Vital statistics of India. Vol. VI, European troops 1870-79
Year: 1870
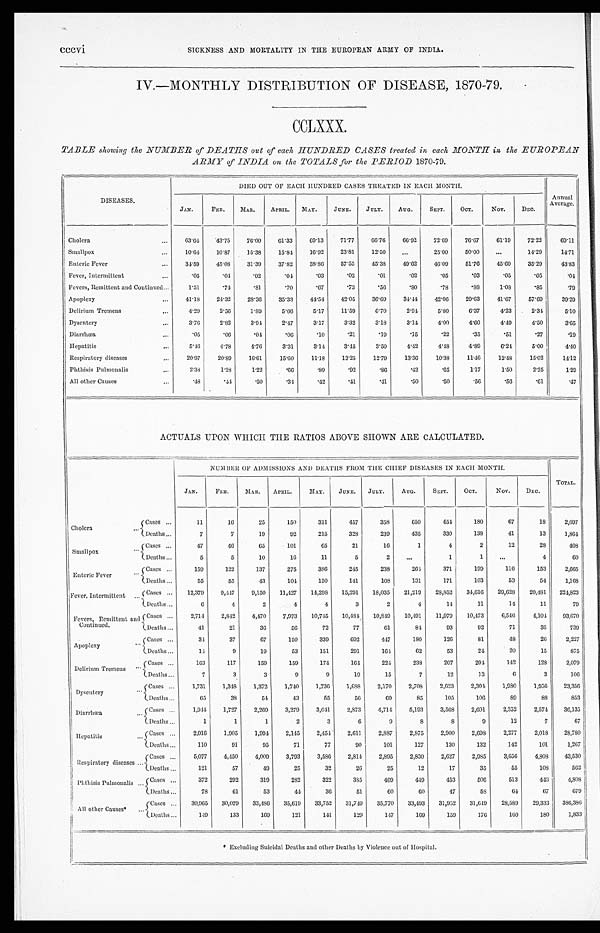
cccvi
SICKNESS AND MORTALITY IN THE EUROPEAN ARMY OF INDIA.
IV.—MONTHLY DISTRIBUTION OF DISEASE, 1870-79.
CCLXXX.
TABLE showing the NUMBER of DEATHS out of each HUNDRED CASES treated in each MONTH in the EUROPEAN
ARMY of INDIA on the TOTALS for the PERIOD 1870-79.
DISEASES.
DIED OUT OF EACH HUNDRED CASES TREATED IN EACH MONTH.
Annual
Average.
JAN.
FEB.
MAR.
APRIL. MAY.
JUNE.
JULY.
AUG.
SEPT.
OCT.
NOV.
DEC.
Cholera
...
63. 64
43.75
76.00
61.33
69.13
71.77
66.76
66. 92
72. 69
76.67
61.19
72.22
69.11
Smallpox
. . . 10. 64
10.87
15.38
15. 84
16.92
23.81
12.50
...
25.00
50. 00
...
14.29
1 4 . 7 1
Enteric Fever
. . . 34.59
45.08
31.39
37.82
38. 86
57.55
45.38
49.62
46.09
51.76
45.69
35.29
4 3 . 8 3
Fever, Intermittent
. . . .05
.04
.02
. 0 4
.03
.02
.01
.02
.05
.03
.05
.05
.04
Fevers, Remittent and Continued
. . . 1.51
.74
.81
.70
.67
.73
.56
.80
.78
.88
1.08
.85
. 7 9
Apoplexy
. . . 41.18
24. 32
28.36
35.33
44.54
42.05
36.69
34. 44
42. 06
29.63
41.67
57.69
3 9 . 2 9
Delirium Tremens
. . . 4. 29
2.56
1. 8 9
5.66
5.17
11.59
6.70
2. 94
5.80
6.37
4 . 2 3
2 . 3 4
5 . 1 0
Dysentery
...
3.76
2.82
3. 94
2.47
3.17
3.32
3.18
3. 14
4. 00
4. 60
4 . 4 9
4 . 5 0
3. 65
Diarrhœa
. . . .05
.06
. 0 4
.06
.10
.21
.19
.15
.22
.35
.51
.27
.19
Hepatitis
. . . 5.46
4.78
4.76
3.31
3.14
3.45
3.50
4. 42
4. 48
4.89
6.24
5.00
4. 40
Respiratory diseases
. . . 20. 97
20. 89
16. 61
15. 60
11.18
13. 25
12. 79
13. 36
10. 38
11.46
12.48
15. 02
14.12
Phthisis Pulmonalis
. . . 2. 33
1. 28
1 . 2 2
.66
.89
.92
.86
.42
.65
1.17
1. 50
2. 25
1. 29
All other Causes
. . . .48
. 4 4
.50
. 3 4
.42
.41
.41
.50
.50
.56
.56
.61
.47
ACTUALS UPON WHICH THE RATIOS ABOVE SHOWN ARE CALCULATED.
NUMBER OF ADMISSIONS AND DEATHS FROM THE CHIEF DISEASES IN EACH MONTH.
TOTAL.
JAN.
FEB.
MAR. APRIL.
MAY.
JUNE. JULY.
AUG.
SEPT.
OCT.
NOV.
DEC.
Cholera
. . .Cases
. . .
11
16
25
150
311
457
358
650
454
180
67
18
2, 697
Deaths
. . .
7
7
19
92
215
328
239
435
330
138
41
13
1, 864
Smallpox
... Cases
. . . 47
46
65
101
65
21
16
1
4
2
12
28
408
Deaths
. . .
5
5
10
16
11
5
2
...
1
1
...
4
6 0
Enteric Fever
. . . Cases
. . . 159
122
137
275
386
245
238
264
371
199
116
153
2,665
Deaths
. . .
55
55
43
104
150
141
108
131
171
103
53
54
1,168
Fever, Intermittent ... Cases
. . . 12,379
9,447
9,150 11,427
14,298 15,291
18,035
21,219
23,852 34,616
29,628
20, 481
224,823
Deaths
. . .
6
4
2
4
4
3
2
4
14
11
14
11
79
Fevers, Remittent and
Continued.
Cases
. . . 2,714
2,842
4,470
7,973
10,745
10,484
10,849
10,491
11,979
10,473
6,546
4,104
93,670
Deaths
. . .
41
21
36
56
72
77
61
84
93
92
71
35
739
Apoplexy
. . . Cases
. . .
34
37
67
150
339
692
447
180
126
81
48
26
2 , 2 2 7
Deaths
. . .
14
9
19
53
151
291
164
62
53
24
20
15
875
Delirium Tremens
. . . Cases
. . . 163
117
159
159
174
164
224
238
207
204
142
128
2,079
Deaths . . .
7
3
3
9
9
19
15
7
12
13
6
3
106
Dysentery
... Cases
. . . 1,731
1,348
1,372
1,740
1,736
1,688
2,170
2,708
2,623
2,304
1,980
1,956
23,356
Deaths . . .
65
38
54
43
55
56
69
85
105
106
89
88
853
Diarrhœa
... Cases
. . . 1,944
1,727
2,269
3,279
3,041
2,873
4,714
5,193
3,568
2,601
2,352
2,574
36,135
Deaths . . .
1
1
1
2
3
6
9
8
8
9
12
7
67
Hepatitis
. . . Cases
. . . 2,016
1,905
1,994
2,145
2,454
2,611
2,887
2,875
2,900
2,698
2,277
2,018
28,780
Deaths . . .
110
91
95
71
77
90
101
127
130
132
142
101
1,267
Respiratory diseases ...
Cases
. . . 5,077
4,450
4,009
3,793
3,586
2,814
2,895
2,830
2,627
2,985
3,656
4,803
43,530
Deaths . . .
121
57
49
25
32
26
25
12
17
35
55
108
562
Phthisis Pulmonalis ... Cases
. . .
372
292
319
282
322
385
469
449
453
506
513
446
4,808
Deaths . . .
78
61
53
44
36
51
60
60
47
58
64
67
679
All other Causes*
. . .
Cases
. . . 30,965 30,029 33,486 35,619 33,752 31,749 35,770
33,493 31,952 31,649
28,589
29,333 386,386
Deaths ...
149
133
169
121
141
129
147
169
159
176
160
1 8 0
1,833
* Excluding Suicidal Deaths and other Deaths by Violence out of Hospital.